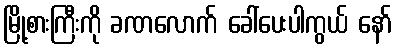
မြို့စားကြီးကို ခဏလောက် ခေါ်ပေးပါကွယ် နော်